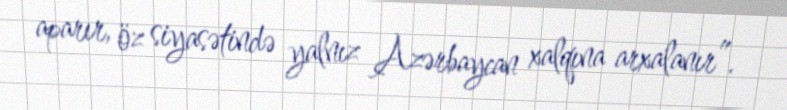
aparır, öz siyasətində yalnız Azərbaycan xalqına arxalanır”.